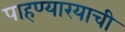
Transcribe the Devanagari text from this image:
पाहण्यारयाची